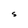
Character: S